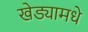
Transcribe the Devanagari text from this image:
खेड्यामधे